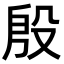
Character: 殷